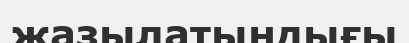
жазылатындығы